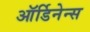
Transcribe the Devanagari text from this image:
ऑर्डिनेन्स